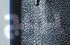
يزعج